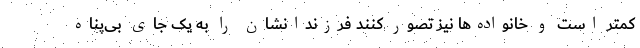
کمتر است و خانواده‌ها نیز تصور کنند فرزندانشان را به یک جای بی‌پناه